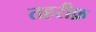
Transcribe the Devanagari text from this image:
तहरीफ़